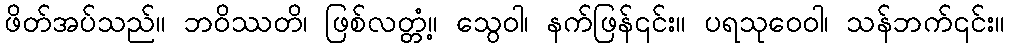
ဖိတ်အပ်သည်။ ဘဝိဿတိ၊ ဖြစ်လတ္တံ့။ သွေဝါ၊ နက်ဖြန်၎င်း။ ပရသုဝေဝါ၊ သန်ဘက်၎င်း။